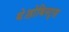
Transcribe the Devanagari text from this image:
थे।होबिस्ट्स